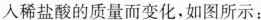
人稀盐酸的质量而变化，如图所示: